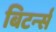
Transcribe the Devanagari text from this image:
बिटर्न्‍स